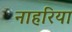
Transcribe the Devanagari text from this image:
नाहरिया